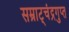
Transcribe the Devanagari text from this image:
सम्राट्चंद्रगुप्त